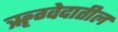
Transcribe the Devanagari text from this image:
ॠग्वेदातील